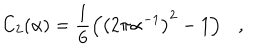
C _ { 2 } ( \alpha ) = \frac 1 6 \left( \left( 2 \pi \alpha ^ { - 1 } \right) ^ { 2 } - 1 \right) ,